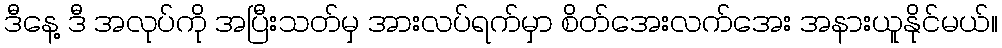
ဒီနေ့ ဒီ အလုပ်ကို အပြီးသတ်မှ အားလပ်ရက်မှာ စိတ်အေးလက်အေး အနားယူနိုင်မယ်။